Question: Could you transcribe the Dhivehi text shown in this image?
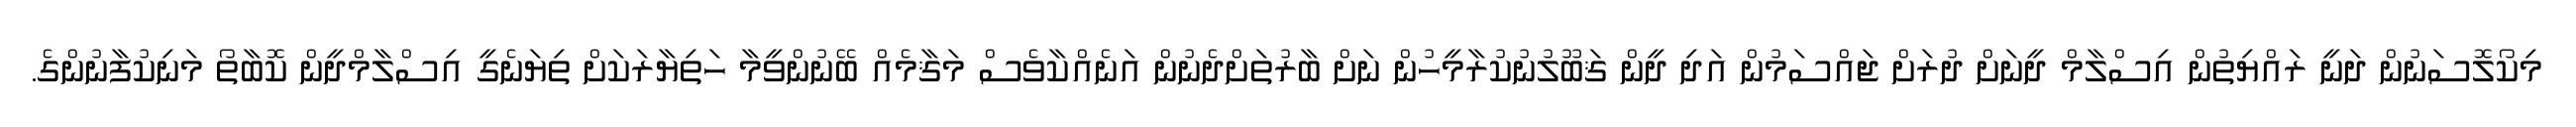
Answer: މިކޯލޮސަނުން ދަނީ ރައްޔިތުން އިސްލާމް ދީނަށް ދުރަށް ޖައްސަމުން އަދި ދީން ޤަބޫލުނުކުރާމީހުން ނަށް ބާރުތަށްދެނުން އަނެއްކާވެސް މަޤާމެއް ބޭނުންވީމާ ހަތިޔާރަކަށް ތިޔަނެގީ އިސްލާމްދީން ކޮބާތޯ މަނިކުފާނުންގެ.